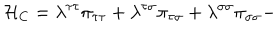
LaTeX: { \cal H } _ { \mathrm { C } } = \lambda ^ { \tau \tau } \pi _ { \tau \tau } + \lambda ^ { \tau \sigma } \pi _ { \tau \sigma } + \lambda ^ { \sigma \sigma } \pi _ { \sigma \sigma } -